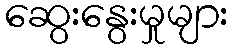
ဆွေးနွေးမှုများ